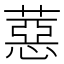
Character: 𦼇